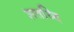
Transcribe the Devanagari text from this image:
शतव्दि